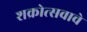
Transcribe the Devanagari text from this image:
शक्रोत्सवाचे